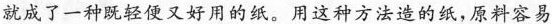
就成了一种既轻便又好用的纸。用这种方法造的纸，原料容易